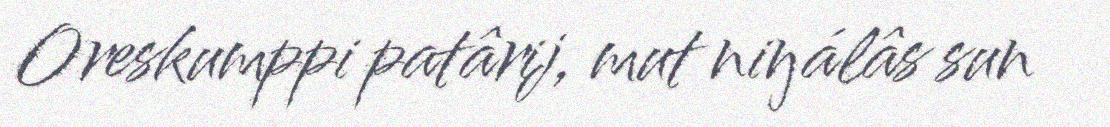
Oreskumppi patârij, mut niŋálâs sun